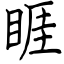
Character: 睚